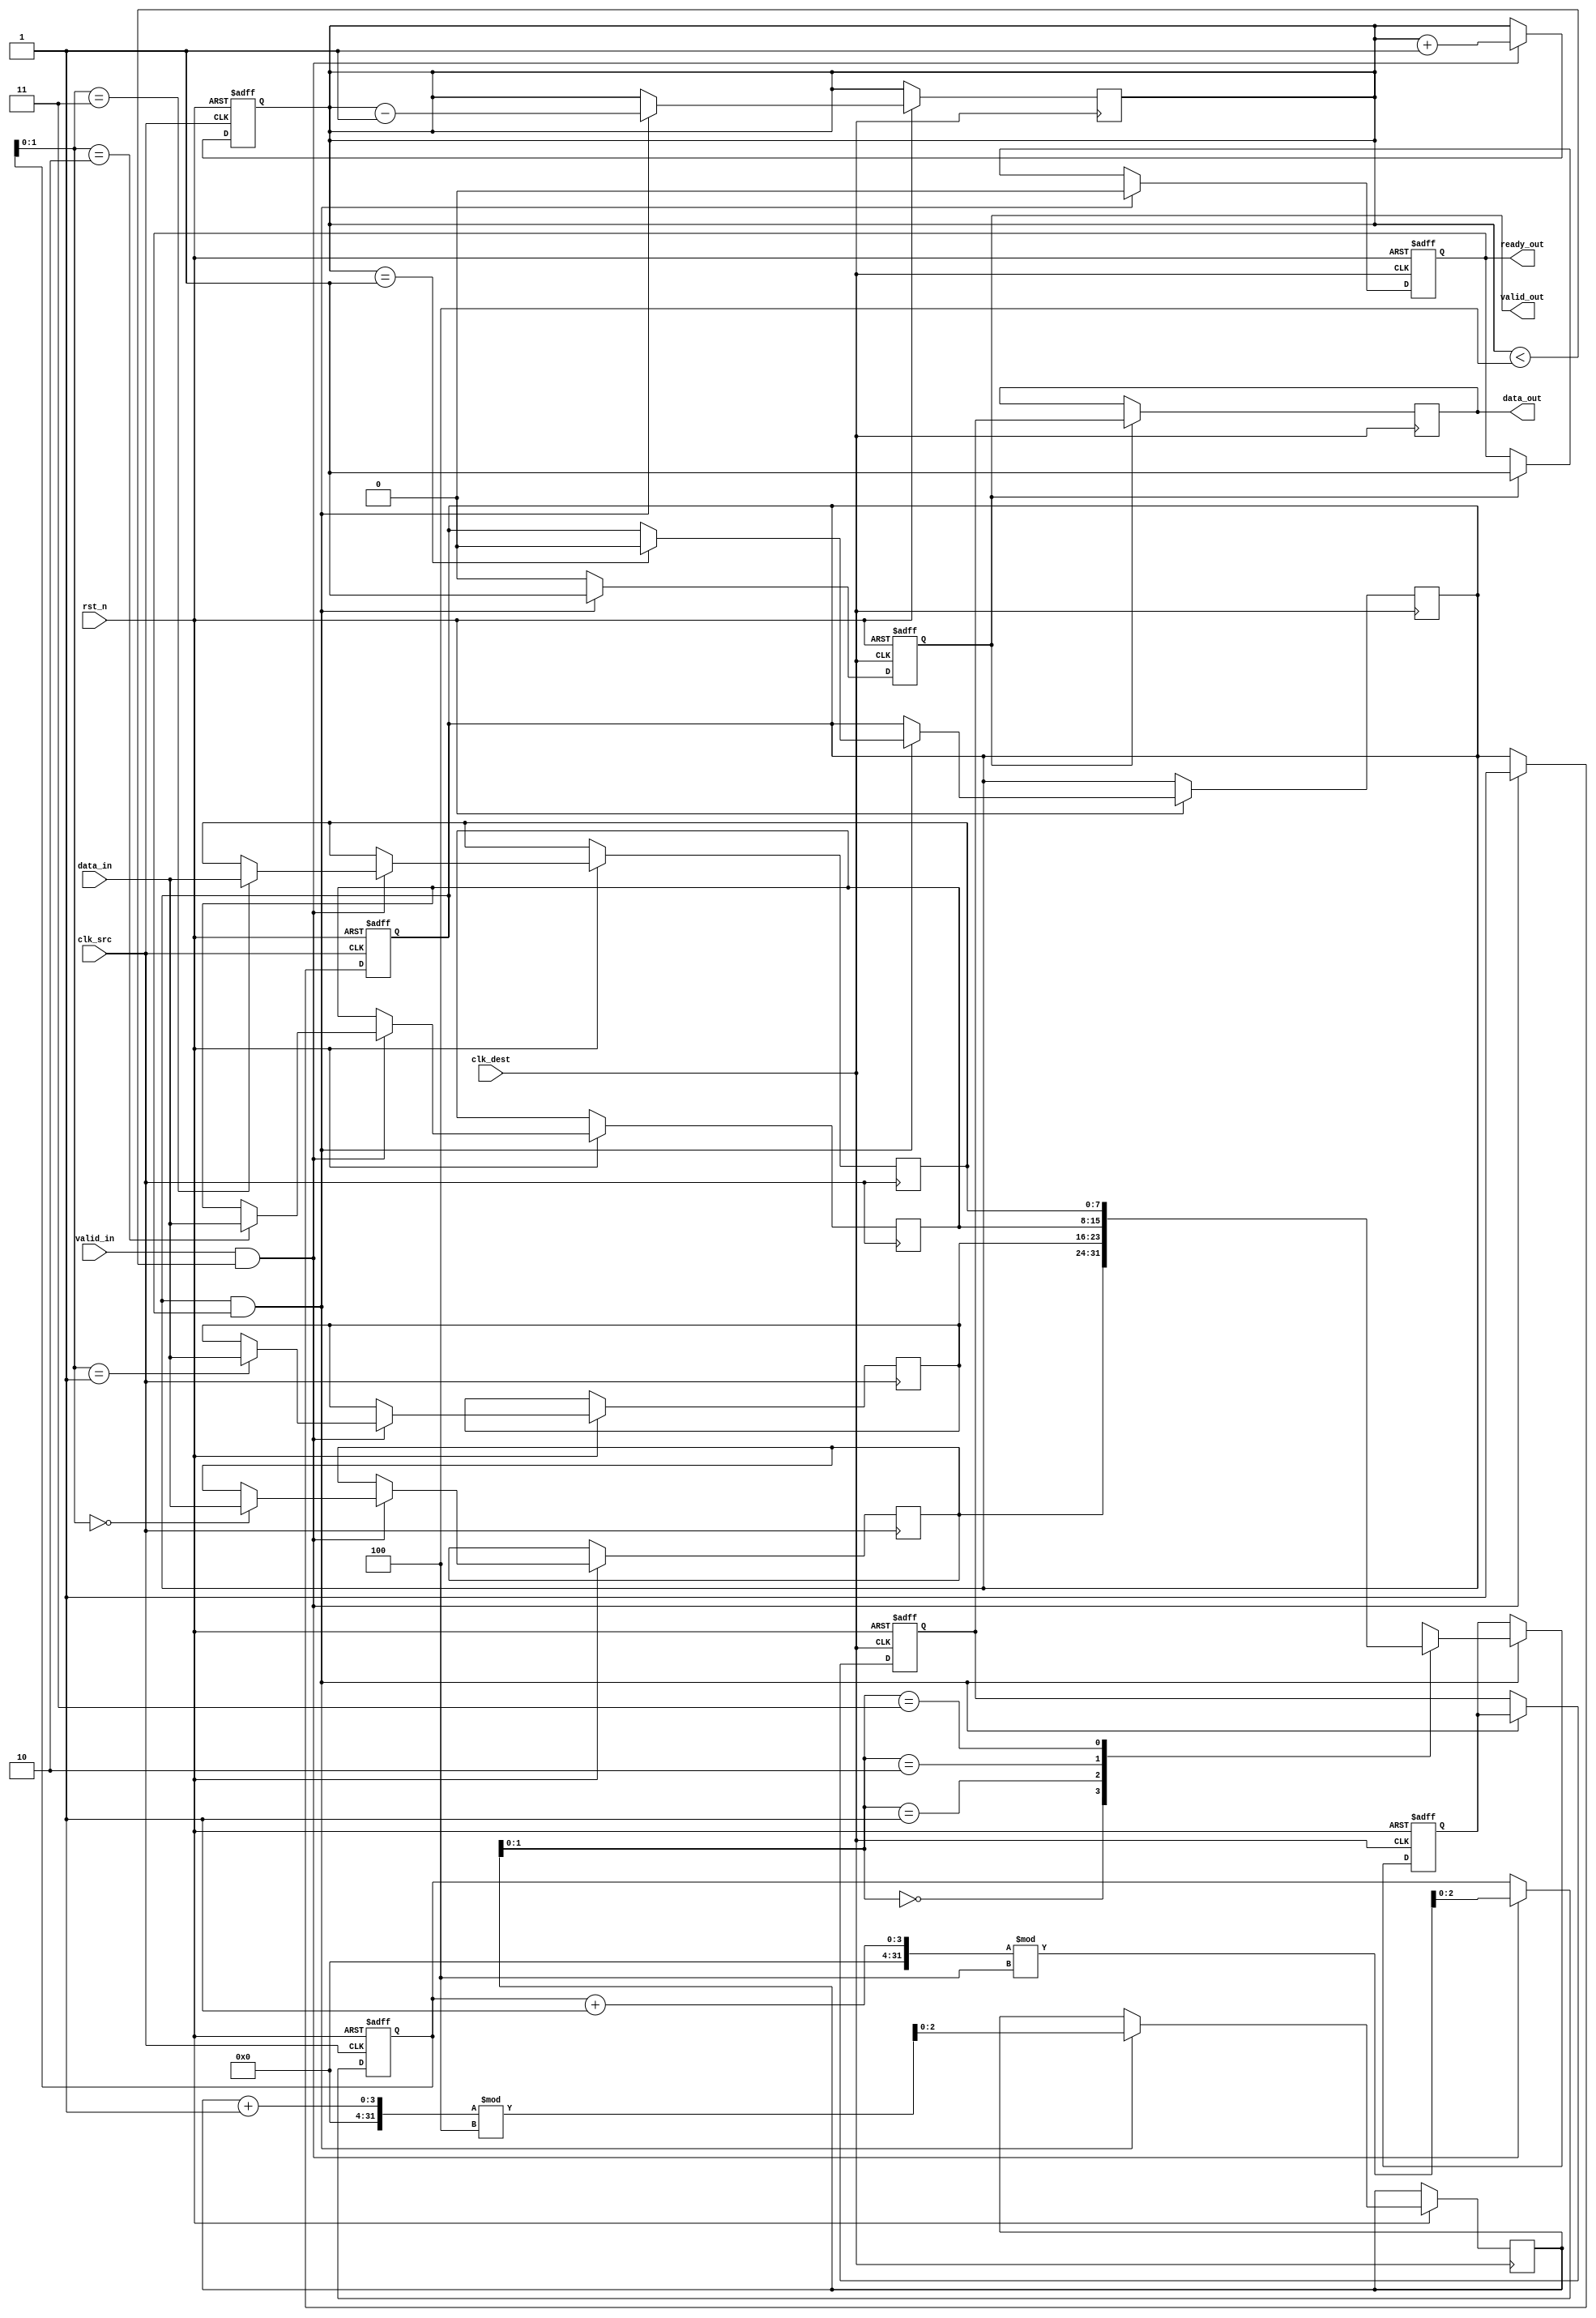
module MemoryBlocksPipelineSynchronizer #(
    parameter DATA_WIDTH = 8,      // Width of the data
    parameter FIFO_DEPTH = 4        // Depth of the FIFO buffer
)(
    input wire clk_src,             // Source clock
    input wire clk_dest,            // Destination clock
    input wire rst_n,               // Active low reset
    input wire [DATA_WIDTH-1:0] data_in, // Data input
    input wire valid_in,            // Valid signal for input data
    output reg [DATA_WIDTH-1:0] data_out, // Data output
    output reg valid_out,           // Valid signal for output data
    output reg ready_out            // Ready signal for output data
);

    // FIFO buffer implementation
    reg [DATA_WIDTH-1:0] fifo [0:FIFO_DEPTH-1];
    reg [2:0] write_ptr, read_ptr;
    reg [2:0] count; // Number of items in FIFO

    // Handshaking signals
    reg valid_fifo;
    reg ready_fifo;

    // Asynchronous reset logic
    always @(posedge clk_src or negedge rst_n) begin
        if (!rst_n) begin
            write_ptr <= 0;
            count <= 0;
            valid_fifo <= 0;
        end else if (valid_in && (count < FIFO_DEPTH)) begin
            fifo[write_ptr] <= data_in;
            write_ptr <= (write_ptr + 1) % FIFO_DEPTH;
            count <= count + 1;
            valid_fifo <= 1; // Indicate valid data in FIFO
        end
    end

    // Dual flop synchronization
    reg [DATA_WIDTH-1:0] sync_ff1, sync_ff2;
    always @(posedge clk_dest or negedge rst_n) begin
        if (!rst_n) begin
            sync_ff1 <= 0;
            sync_ff2 <= 0;
            valid_out <= 0;
            ready_out <= 1; // Ready to accept data
        end else if (valid_fifo && ready_out) begin
            sync_ff1 <= fifo[read_ptr];
            sync_ff2 <= sync_ff1;
            valid_out <= 1; // Indicate valid output data
            ready_out <= 0; // Not ready until data is read
            read_ptr <= (read_ptr + 1) % FIFO_DEPTH;
            count <= count - 1;
            if (count == 1) begin
                valid_fifo <= 0; // No more valid data
            end
        end else if (valid_out) begin
            valid_out <= 0; // Clear valid output after read
            ready_out <= 1; // Ready for next data
        end
    end

    // Output data assignment
    always @(posedge clk_dest) begin
        if (valid_out) begin
            data_out <= sync_ff2; // Output synchronized data
        end
    end

endmodule